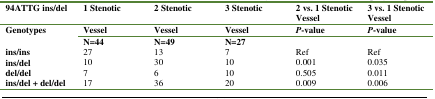
<table><thead><tr><td><b>94ATTG ins/del</b></td><td><b>1 Stenotic</b></td><td><b>2 Stenotic</b></td><td><b>3 Stenotic</b></td><td><b>2 vs. 1 Stenotic Vessel</b></td><td><b>3 vs. 1 Stenotic Vessel</b></td></tr><tr><td><b>Genotypes</b></td><td><b>Vessel </b></td><td><b>Vessel </b></td><td><b>Vessel</b></td><td><b><i>P</i>-value</b></td><td><b><i>P</i>-value</b></td></tr></thead><tbody><tr><td></td><td><b>N=44</b></td><td><b>N=49</b></td><td><b>N=27</b></td><td></td><td></td></tr><tr><td><b>ins/ins</b></td><td>27 </td><td>13</td><td>7</td><td>Ref</td><td>Ref</td></tr><tr><td><b>ins/del </b></td><td>10</td><td>30</td><td>10 </td><td>0.001</td><td>0.035</td></tr><tr><td><b>del/del </b></td><td>7</td><td>6</td><td>10 </td><td>0.505</td><td>0.011</td></tr><tr><td><b>ins/del + del/del </b></td><td>17 </td><td>36</td><td>20 </td><td>0.009</td><td>0.006</td></tr></tbody></table>